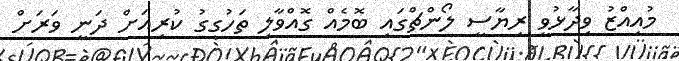
މުއިއްޒު ވިދާޅުވީ ރިޔާސީ ލޯންޗްގައި ބޮމެއް ގޮއްވާލި ތަހުގީގު ކުރިއަށް ދަނީ ވަރަށް